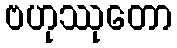
ဗဟုဿုတော